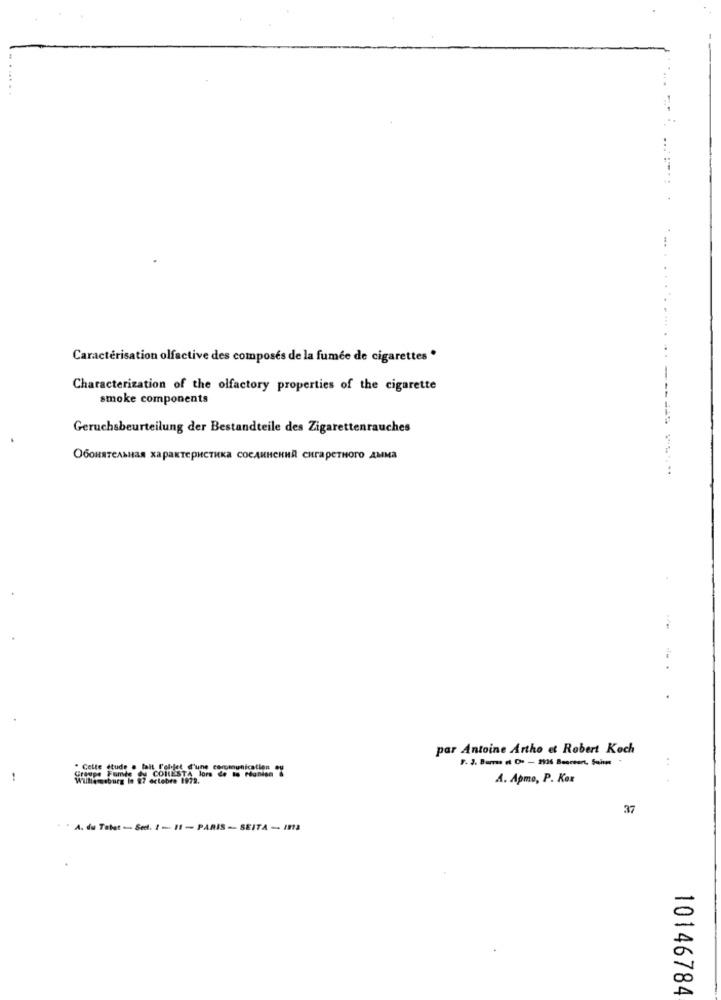
Caractérisation olfactive des composes de la fumée de cigarettes *
Characterization of the olfactory properties of the cigarette
smoke components
Geruchsbeurteilung der Bestandteile des Zigarettenrauches
Обонятельная характеристика соединений сигаретного дыма
par Antoine Artho et Robert Koch
.+
" Cette stude a fait l'objet d'une communication ou
Groupe Fomte du CORESTA lors de la réunion &
Williamsburg In 87 octobre 1972.
A. Apmo, P. Kox
37
"" A. du Tabat - Sel. 1 - 11 - PARIS -- SEITA - 1913
DO
D
10146784